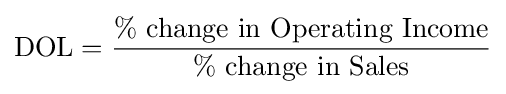
{\text{DOL}}={\frac {\%{\text{ change in Operating Income}}}{\%{\text{ change in Sales}}}}